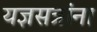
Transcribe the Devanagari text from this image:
यज्ञसत्रांना